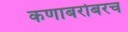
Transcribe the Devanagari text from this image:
कणाबरोबरच